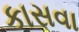
કાસવા